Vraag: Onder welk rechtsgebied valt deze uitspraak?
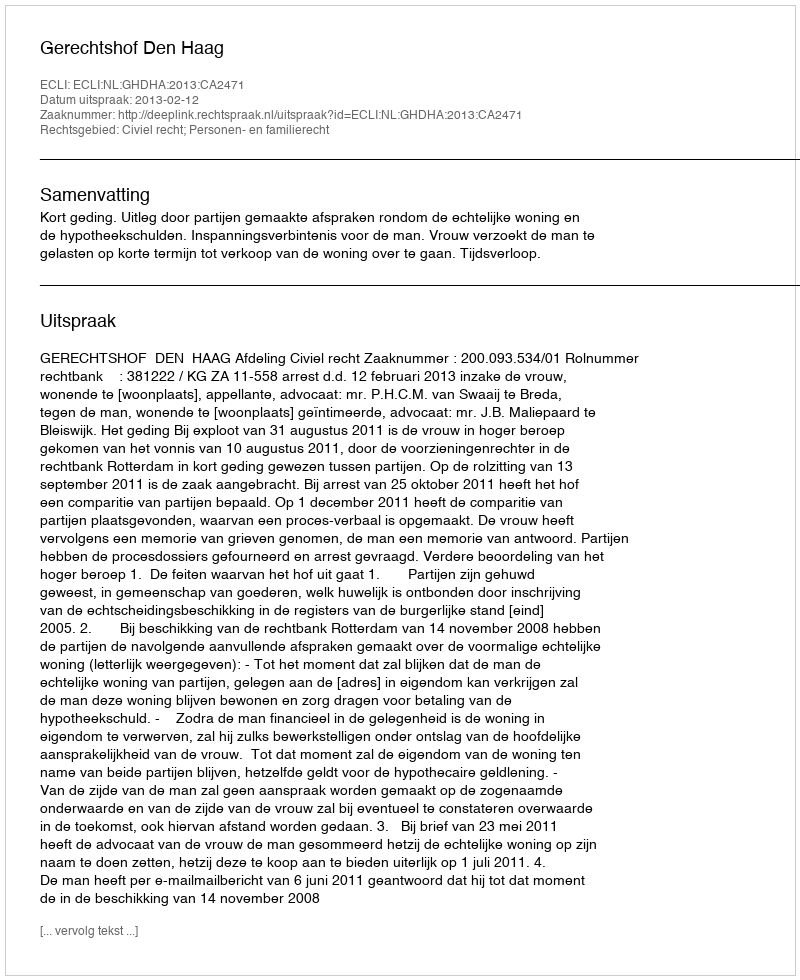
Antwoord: Civiel recht; Personen- en familierecht